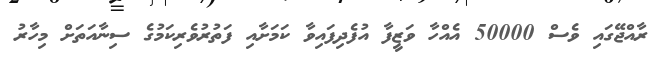
ރާއްޖޭގައި ވެސް 50000 އެއްހާ ވަޒީފާ އުފެދިފައިވާ ކަމަށާއި ފަތުރުވެރިކަމުގެ ސިނާއަތަށް މިހާރު